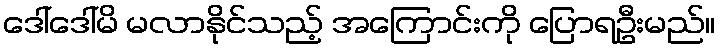
ဒေါ်ဒေါ်မိ မလာနိုင်သည့် အကြောင်းကို ပြောရဦးမည်။